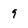
Character: 9